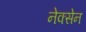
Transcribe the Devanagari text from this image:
नेक्सेन